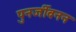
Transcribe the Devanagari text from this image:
पुनर्जीवनन